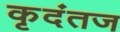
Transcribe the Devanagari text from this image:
कृदंतज